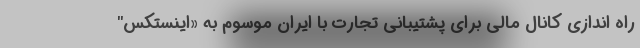
راه اندازي کانال مالی برای پشتیبانی تجارت با ایران موسوم به «اینستکس"